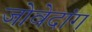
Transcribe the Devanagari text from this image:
जोवेदांग